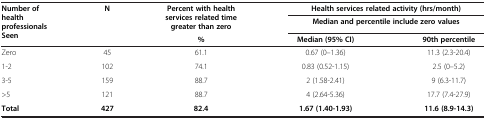
| <ROWSPAN=3> Number of health professionals Seen | <ROWSPAN=3> N | <ROWSPAN=2> Percent with health services related time greater than zero | <COLSPAN=2> Health services related activity (hrs/month) |
 | <COLSPAN=2> Median and percentile include zero values |
 | % | Median (95% CI) | 90th percentile |
 | --- | --- | --- | --- | --- |
 | Zero | 45 | 61.1 | 0.67 (0–1.36) | 11.3 (2.3-20.4) |
 | 1-2 | 102 | 74.1 | 0.83 (0.52-1.15) | 2.5 (0–5.2) |
 | 3-5 | 159 | 88.7 | 2 (1.58-2.41) | 9 (6.3-11.7) |
 | >5 | 121 | 88.7 | 4 (2.64-5.36) | 17.7 (7.4-27.9) |
 | Total | 427 | 82.4 | 1.67 (1.40-1.93) | 11.6 (8.9-14.3) |